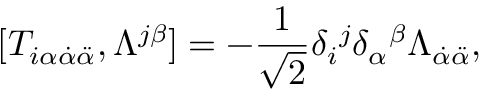
[ T _ { i \alpha \dot { \alpha } \ddot { \alpha } } , \Lambda ^ { j \beta } ] = - \frac 1 { \sqrt { 2 } } \delta _ { i } { } ^ { j } \delta _ { \alpha } { } ^ { \beta } \Lambda _ { \dot { \alpha } \ddot { \alpha } } , \nonumber